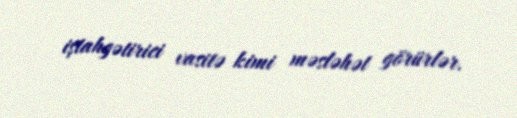
iştahgətirici vasitə kimi məsləhət görürlər.